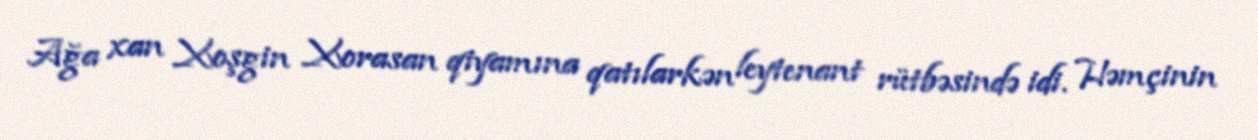
Ağa xan Xoşgin Xorasan qiyamına qatılarkən leytenant rütbəsində idi. Həmçinin